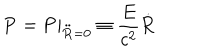
{ \bf P } = \left. { \bf P } \right| _ { { \bf \ddot { R } } = 0 } \equiv \frac { E } { c ^ { 2 } } { \bf \dot { R } }